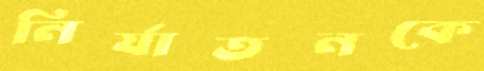
নির্যাতনকে